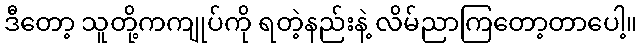
ဒီတော့ သူတို့ကကျုပ်ကို ရတဲ့နည်းနဲ့ လိမ်ညာကြတော့တာပေါ့။